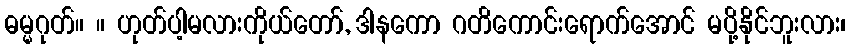
ဓမ္မဂုတ်။ ။ ဟုတ်ပါ့မလားကိုယ်တော်, ဒါနကော ဂတိကောင်းရောက်အောင် မပို့နိုင်ဘူးလား၊